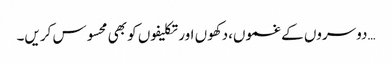
…دوسروں کے غموں،دکھوں اور تکلیفوں کو بھی محسوس کریں۔